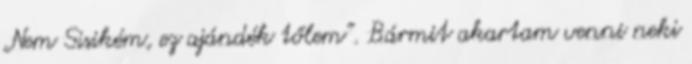
„Nem Sisikém, ez ajándék tőlem”. Bármit akartam venni neki